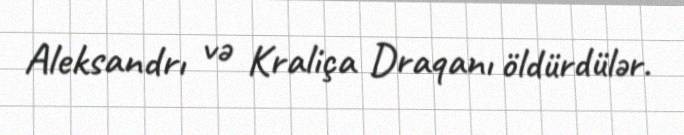
Aleksandrı və Kraliça Draqanı öldürdülər.